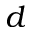
d